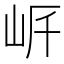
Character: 𡶨